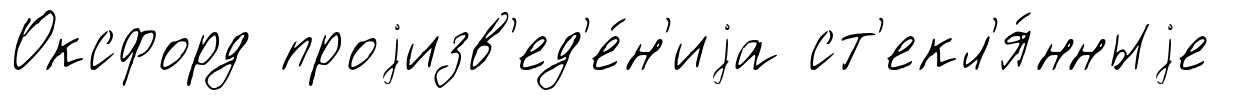
Оксфорд проjизв'ед'е́н'иjа ст'екл'я́нныjе